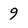
Character: 9